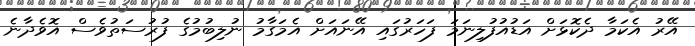
އޭރު އެކަމާ ދެކޮޅަށް އަޑުއުފުލިނަމަ ފަހަރުގައި އޭނައަށް އެމަގާމު ނުލިބުމުގެ ފުރުސަތުވެސް އޮވެދާނެ